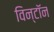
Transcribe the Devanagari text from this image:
विन्टॉन